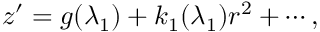
\begin{array} { r } { z ^ { \prime } = g ( \lambda _ { 1 } ) + k _ { 1 } ( \lambda _ { 1 } ) r ^ { 2 } + \cdots , } \end{array}